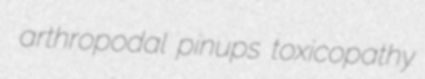
arthropodal pinups toxicopathy